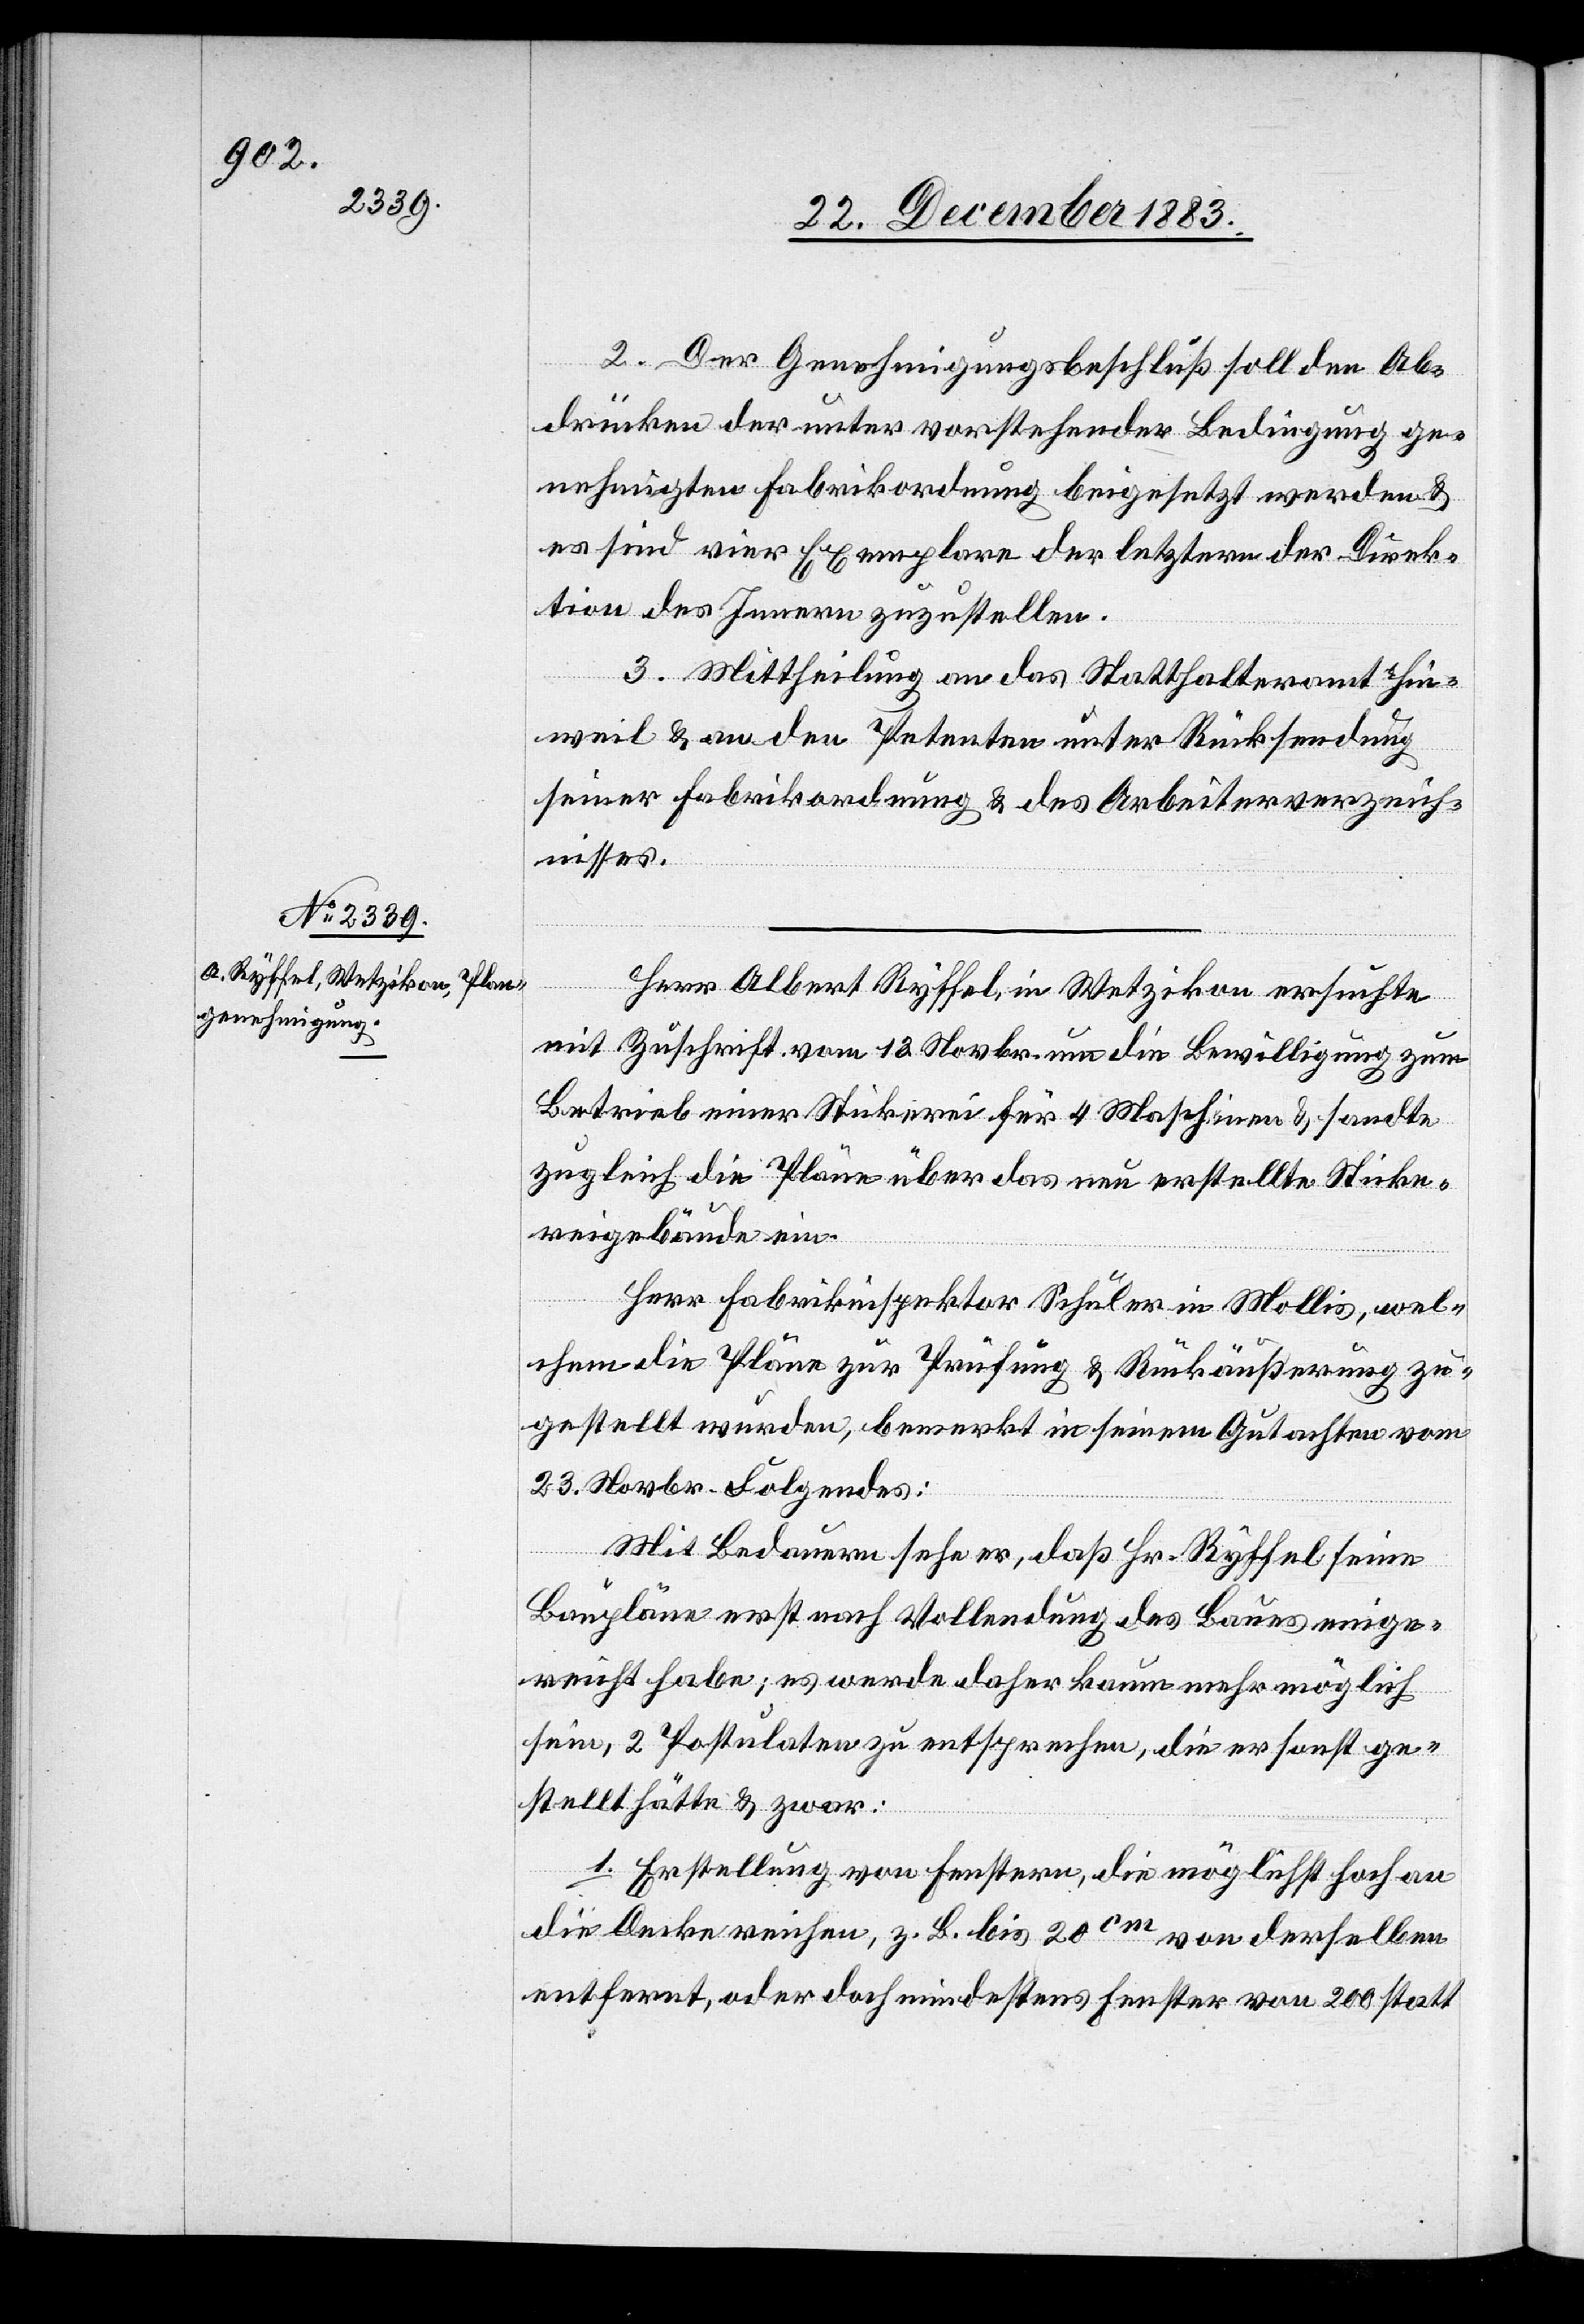
zu¬
2. Der Genehmigungsbeschluß soll den Ab¬
drücken der unter vorstehender Bedingung ge¬
nehmigten Fabrikordnung beigesetzt werden &
es sind vier Exemplare der letztern der Direk¬
tion des Innern zuzustellen.
3. Mittheilung an das Statthalteramt Hin¬
weil & an den Petenten unter Rücksendung
seiner Fabrikordnung & des Arbeiterverzeich¬
nisses.
Herr Albert Ryffel, in Wetzikon ersuchte
mit Zuschrift vom 13. Novbr. um die Bewilligung zum
Betrieb einer Stickerei für 4 Maschinen & sandte
zugleich die Pläne über das neu erstellte Sticke¬
reigebäude ein.
Herr Fabrikinspektor Schuler in Mollis, wel¬
gestellt wurden, bemerkt in seinem Gutachten vom
23. Novbr. Folgendes:
Mit Bedauern sehe er, daß Hr. Ryffel seine
Baupläne erst nach Vollendung des Baues einge¬
reicht habe; es werde daher kaum mehr möglich
sein, 2 Postulaten zu entsprechen, die er sonst ge¬
stellt hätte & zwar:
1. Erstellung von Fenstern, die möglichst hoch an
die Decke reichen, z. B. bis 20cm von derselben
entfernt, oder doch mindestens Fenster von 200 statt